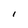
Character: l